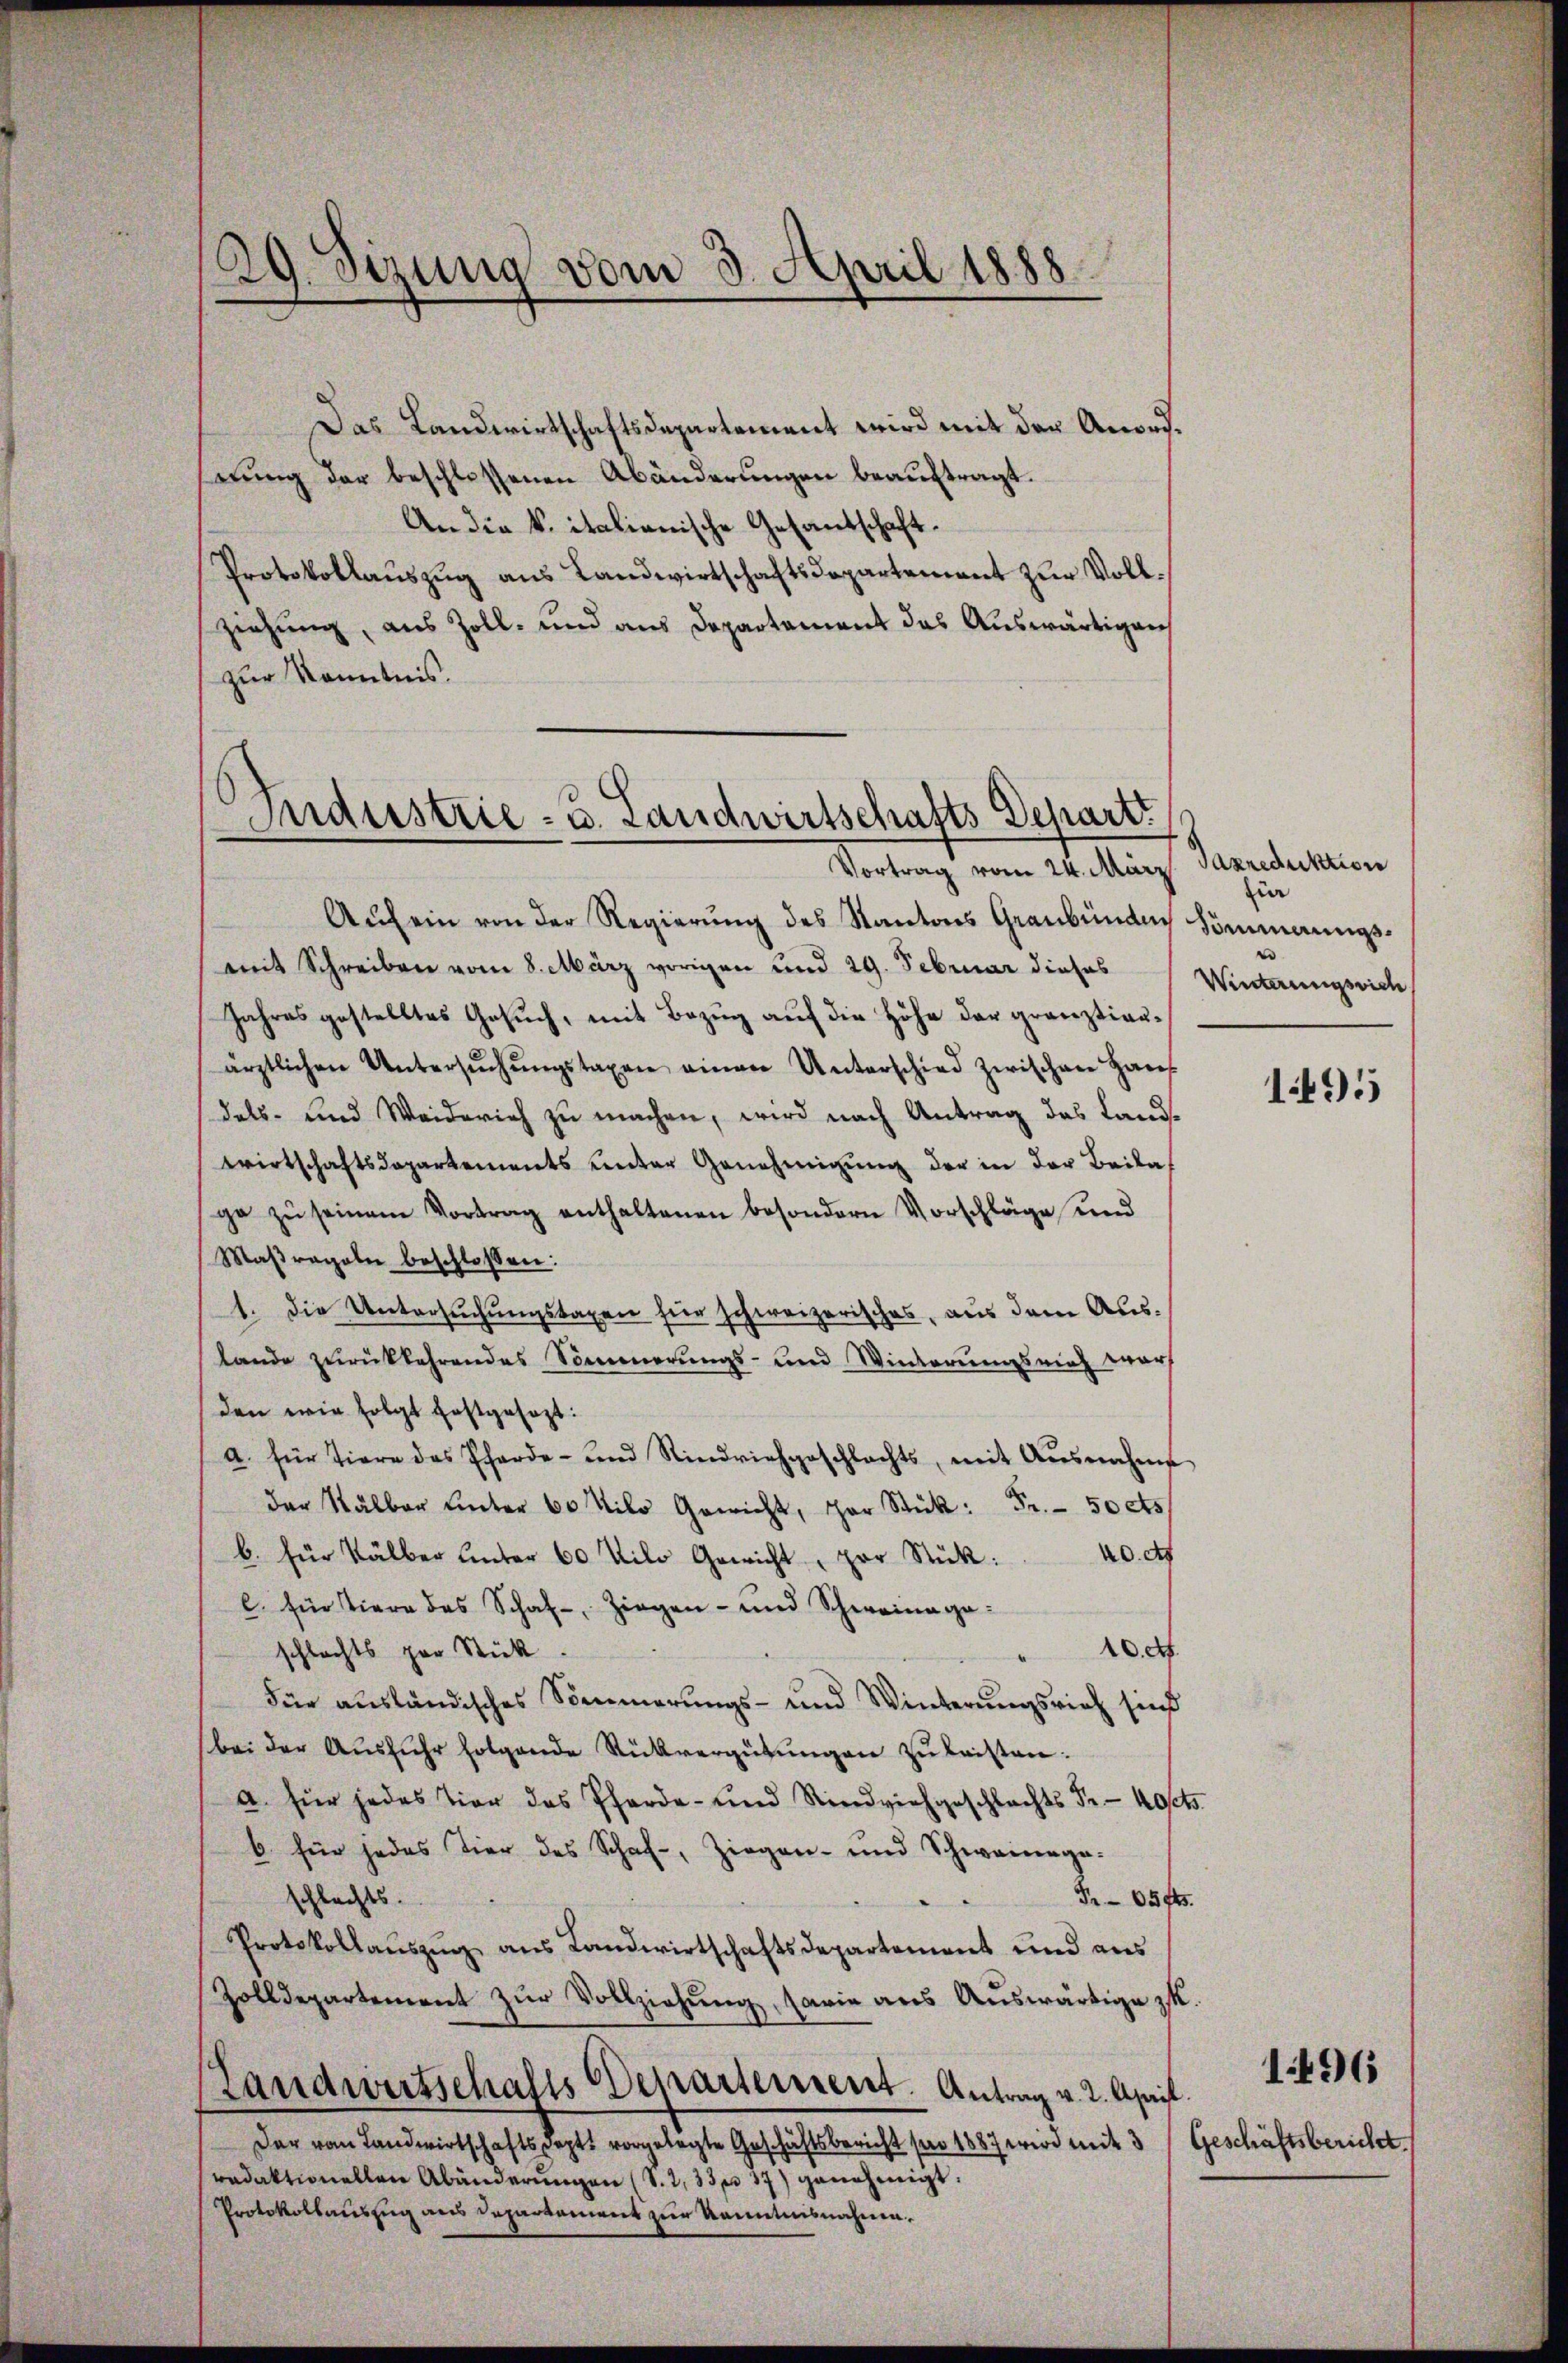
29. Sizung vom 3. April 1888.

Das Landwirtschaftsdepartement wird mit der Anorderung der beschlossenen Abänderungen beauftragt.
An die k. italienische Gesandschaft.
Protokollauszug aus Landwirtschaftsdepartement zur Vollziehung, aus Zoll- und aus Departement das Auswärtigen
zur Kenntnis.

s
Industrie - u. Landwirtschafts-Depart.
Vortrag vom 24. März

Aŭf ein von der Regierung des Kantons Graubünde Sommerungsmit Schreiben vom 8. März vorigen und 29. Februar dieses
Jahres gestelltes Gesuch, mit Bezug auf die Höhe der gränztierärztlichen Untersŭchŭngstaxen einen Unterschied zwischen Haŭs
dels- und Weiderich zu machen, wird nach Antrag des Landwirtschaftsdepartements unter Genehmigung der in der Beilage zŭ seinem Vortrag enthaltenen besondern Vorschläge und
Maßregeln beschlossen:
1. Die Untersuchungstaxen für schweizerisches, aus dem Aus-
Lande zurückkehrendes Sommerungs- und Winderungsrich warf
den wie folgt festgesezt:
a. für Tiere das Pferde- und Rindviehgeschlachts, mit Ausnahme
der Kälber Unter 60 Kilo Gewicht, der Stück: Fr. 50 cts
b. für Kälber Unter 60 Kilo Gewicht, per Stück: 40. c
l. für Tiere des Schaf-Ziegen- und Schweinagaschlechts par Stück
10. d.
Für ausländisches Sommerungs- und Winterungsrich sind
bei der Ausfuhr folgende Rückvergütŭngen zu leisten.
a. für jedes Tier das Pferde- und Rindviehgeschlachts Fr. 40.
b für jedes Tier des Schaf-, Ziegen- und Schwainage-
schlechts.
0594.
Protokollauszug aus Landwirtschaftsdepartement und aus
Zolldepartement zŭr Vollziehung, sowie aus Auswärtige zu.
Landwirtschafts Departement. Antrag v. 2. April.
Der vom Landwirtschaftsdeptt vorgelegte Geschäftsbericht pro 1887 wird mit 3 Geschäftsbericht.
redaktionellen Abänderungen (S. 233 f 37 genehmigt.
Protokollauszug aus Departement zur Kenntnisnahme.

Taxreduktion
i
¬
Winterungsvieh

1495

1496